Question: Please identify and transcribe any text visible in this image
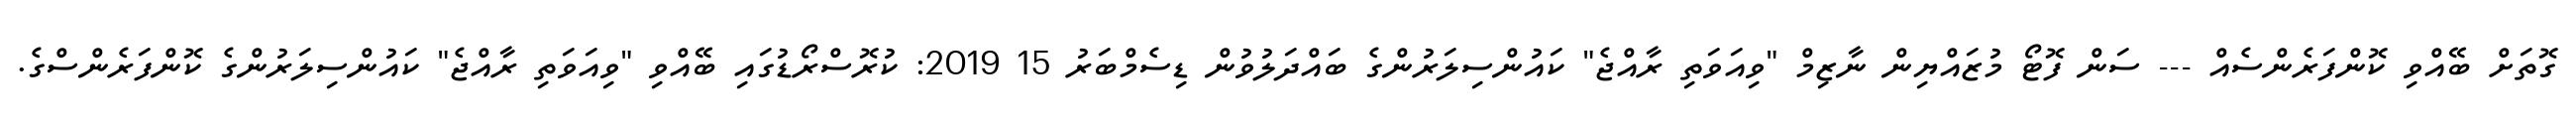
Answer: ގޮތަށް ބޭއްވި ކޮންފަރެންސެއް --- ސަން ފޮޓޯ މުޒައްޔިން ނާޒިމް "ވިއަވަތި ރާއްޖެ" ކައުންސިލަރުންގެ ބައްދަލުވުން ޑިސެމްބަރު 15 2019: ކުރޮސްރޯޑުގައި ބޭއްވި "ވިއަވަތި ރާއްޖެ" ކައުންސިލަރުންގެ ކޮންފަރެންސްގެ.